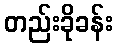
တည်းခိုခန်း